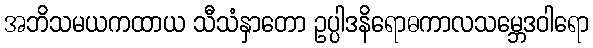
အဘိသမယကထာယ သီသံနှာတော ဥပ္ပါဒနိရောဓကာလသမ္ဘေဒဝါရော